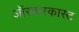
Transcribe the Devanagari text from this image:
ऑस्करकास्ट